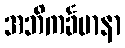
အဘိကင်္ခမာနာ